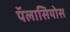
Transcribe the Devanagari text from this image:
पॅलासियोस